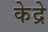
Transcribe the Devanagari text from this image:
केद्रे